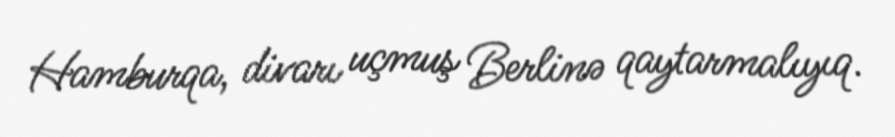
Hamburqa, divarı uçmuş Berlinə qaytarmalıyıq.